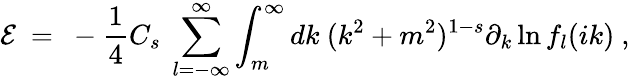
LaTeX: {\cal E}\ =\ -\frac 14C_{s}\ \sum_{l=-\infty}^{\infty}\int_{m}^{\infty}dk\ (k^{2}+m^{2})^{1-s}\partial_{k}\ln f_{l}(ik)\ ,